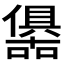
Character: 𭌀